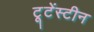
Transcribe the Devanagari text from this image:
टूटेंस्टीन